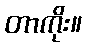
တာကိုး။